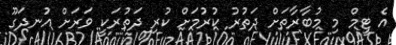
އެ ޓީމް މި މުބާރާތަށް ދަތުރު ކުރުމަށް ކުރި ދަތުރަކީ ވަރަށް އުނދަގޫ